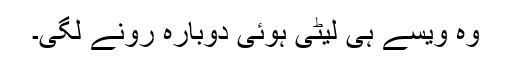
وہ ویسے ہی لیٹی ہوئی دوبارہ رونے لگی۔